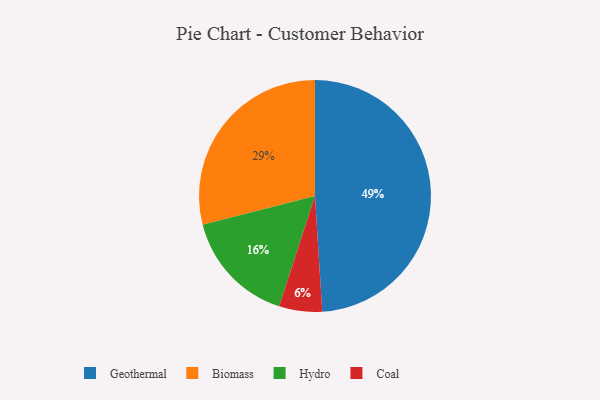
{"axis": {"x": "Category", "y": "Percentage"}, "legend": ["Biomass", "Coal", "Geothermal", "Hydro"], "data": [{"x": "Coal", "y": 6, "type": "Coal"}, {"x": "Hydro", "y": 16, "type": "Hydro"}, {"x": "Geothermal", "y": 49, "type": "Geothermal"}, {"x": "Biomass", "y": 29, "type": "Biomass"}]}